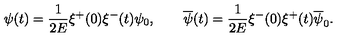
\psi ( t ) = \frac { 1 } { 2 E } \xi ^ { + } ( 0 ) \xi ^ { - } ( t ) \psi _ { 0 } , \qquad \overline { { \psi } } ( t ) = \frac { 1 } { 2 E } \xi ^ { - } ( 0 ) \xi ^ { + } ( t ) \overline { { \psi } } _ { 0 } .